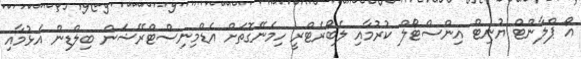
އޯ ޕްލާންޓް ޔުނިޓް އިންސްޓޯލް ކުރުމާއި ލެބޯރެޓްރީ ހިމެނޭގޮތަށް އެޑްމިނިސްޓްރޭޝަން ބިލްޑިން އެޅުމާއި